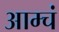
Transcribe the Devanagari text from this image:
आम्चं